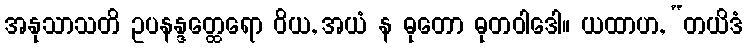
အနုသာသတိ ဥပနန္ဒတ္ထေရော ဝိယ, အယံ န ဓုတော ဓုတဝါဒေါ။ ယထာဟ, “တယိဒံ